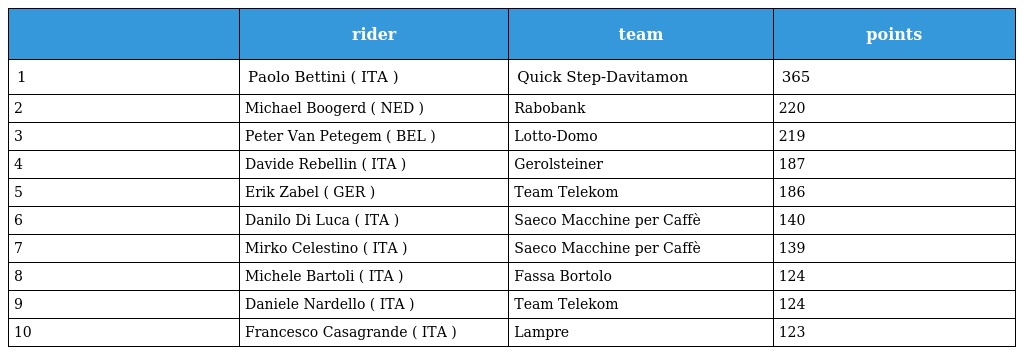
|  | rider | team | points |
 | --- | --- | --- | --- |
 | 1 | Paolo Bettini ( ITA ) | Quick Step-Davitamon | 365 |
 | 2 | Michael Boogerd ( NED ) | Rabobank | 220 |
 | 3 | Peter Van Petegem ( BEL ) | Lotto-Domo | 219 |
 | 4 | Davide Rebellin ( ITA ) | Gerolsteiner | 187 |
 | 5 | Erik Zabel ( GER ) | Team Telekom | 186 |
 | 6 | Danilo Di Luca ( ITA ) | Saeco Macchine per Caffè | 140 |
 | 7 | Mirko Celestino ( ITA ) | Saeco Macchine per Caffè | 139 |
 | 8 | Michele Bartoli ( ITA ) | Fassa Bortolo | 124 |
 | 9 | Daniele Nardello ( ITA ) | Team Telekom | 124 |
 | 10 | Francesco Casagrande ( ITA ) | Lampre | 123 |